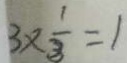
3 \times \frac { 1 } { 3 } = 1